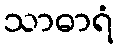
သာဓာရံ